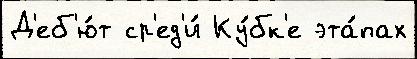
Д'еб'ю́т ср'ед'и́ Ку́бк'е эта́пах